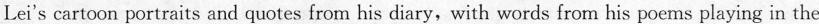
Lei's cartoon portraits and quotes from his diary, with words from his poems playing in the